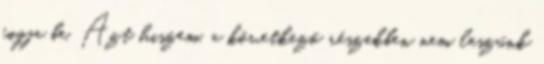
fogja be. Azt hiszem, a következő részekben nem leszünk